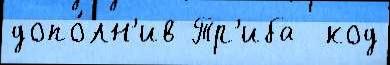
допо́лн'ив Тр'иба  код